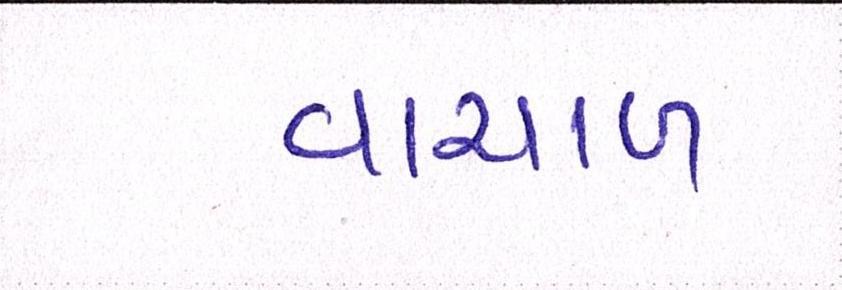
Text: વાચાળ